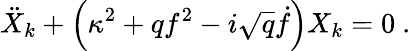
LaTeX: \ddot{X}_{k}+{\left(\kappa^{2}+qf^{2}-i\sqrt{q}\dot{f}\right)}X_{k}=0\ .